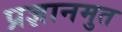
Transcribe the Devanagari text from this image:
प्रज्ञानमुत